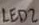
Text: LED2